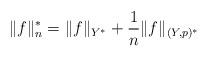
LaTeX: \begin{align*} \|f\|_n^* = \|f\|_{Y^*} + \frac{1}{n}\|f\|_{(Y, p)^*}\end{align*}